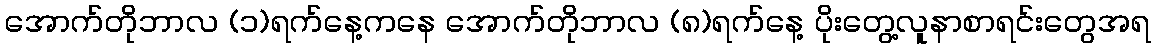
အောက်တိုဘာလ (၁)ရက်နေ့ကနေ အောက်တိုဘာလ (၈)ရက်နေ့ ပိုးတွေ့လူနာစာရင်းတွေအရ